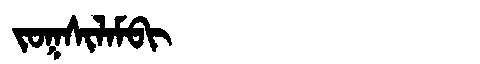
Manchu: ᠵᠣᡴᠰᡳᠯᠠᠮᠪᡳ
Romanization: JOKSILAMBI